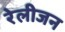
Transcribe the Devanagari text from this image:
रेलीजन